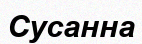
Сусанна